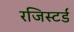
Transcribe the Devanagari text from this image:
रजिस्‍टर्ड